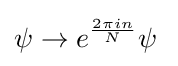
\psi \to e^{\frac {2\pi in}{N}}\psi \;